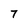
Character: 7